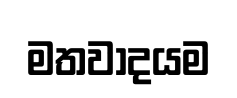
මතවාදයම